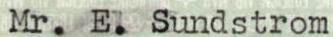
Mr. E. Sundstrom